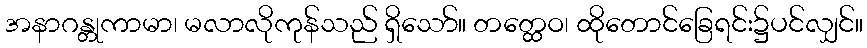
အနာဂန္တုကာမာ၊ မလာလိုကုန်သည် ရှိသော်။ တတ္ထေဝ၊ ထိုတောင်ခြေရင်း၌ပင်လျှင်။